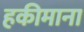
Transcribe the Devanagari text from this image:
हकीमाना